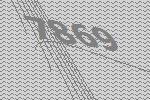
7869